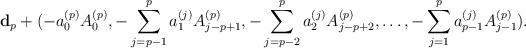
LaTeX: \begin{align*}\mathbf{d}_{p}+(-a_{0}^{(p)} A_{0}^{(p)},-\sum_{j=p-1}^{p} a_{1}^{(j)} A_{j-p+1}^{(p)},-\sum_{j=p-2}^{p} a_{2}^{(j)}A_{j-p+2}^{(p)},\ldots,-\sum_{j=1}^{p}a_{p-1}^{(j)} A_{j-1}^{(p)}).\end{align*}